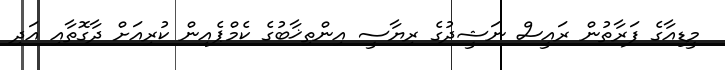
މީޑިއާގެ ފަރާތުން ރައީސް ނަޝީދުގެ ރިޔާސީ އިންތިޚާބުގެ ކެމްޕެއިން ކުރިއަށް ދާގޮތާއި އަދި